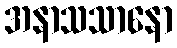
အနာသသာနော